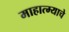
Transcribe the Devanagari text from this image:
माहात्म्याचे